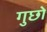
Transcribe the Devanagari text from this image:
गुछो